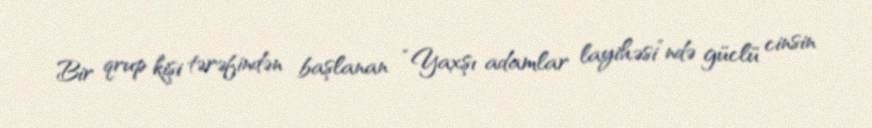
Bir qrup kişi tərəfindən başlanan “Yaxşı adamlar layihəsi”ndə güclü cinsin